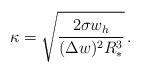
LaTeX: \begin{align*}\kappa = \sqrt{\frac{2 \sigma w_h}{(\Delta w)^2 R_*^3}} \, .\end{align*}